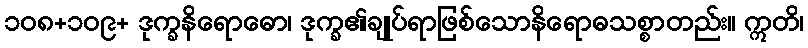
၁၀၈+၁၀၉+ ဒုက္ခနိရောဓော၊ ဒုက္ခ၏ချုပ်ရာဖြစ်သောနိရောဓသစ္စာတည်း။ ဣတိ၊